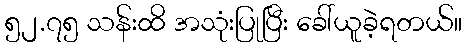
၅၂.၇၅ သန်းထိ အသုံးပြုပြီး ခေါ်ယူခဲ့ရတယ်။